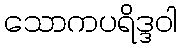
သောကပရိဒ္ဒဝါ